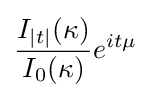
{\frac {I_{|t|}(\kappa )}{I_{0}(\kappa )}}e^{it\mu }